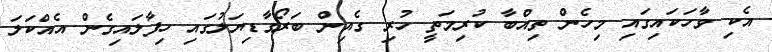
އެކި ވާހަކައިގައި މިހެން ތިއްބާ ކުރިމަތީ ހުރި ގެއިން ބަރޯގާޑިޔަލުގައި ހިފާލައިގެން އެއްކަލަ